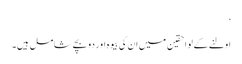
‘
اولنے کے لواحقین میں ان کی بیوہ اور دو بچے شامل ہیں۔